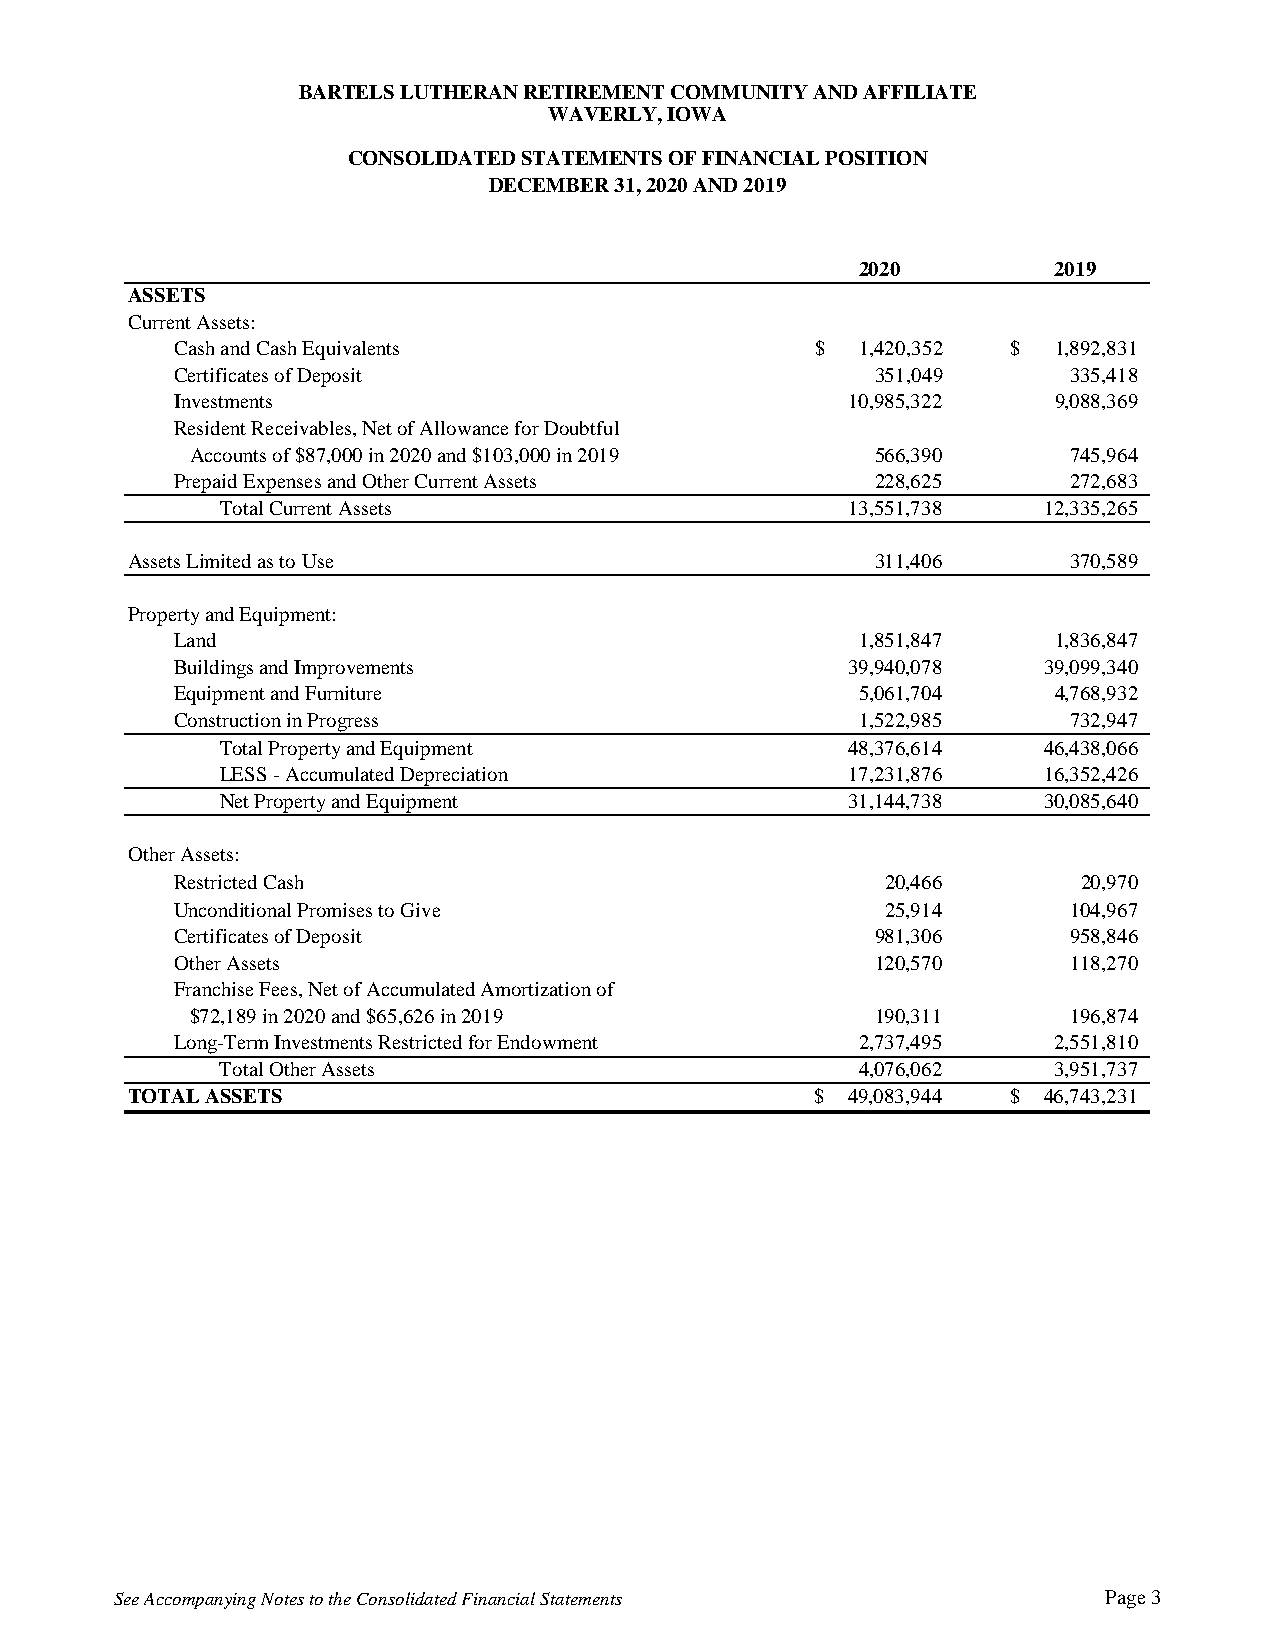
BARTELS LUTHERAN RETIREMENT COMMUNITY AND AFFILIATE
 WAVERLY, IOWA
 CONSOLIDATED STATEMENTS OF FINANCIAL POSITION
 DECEMBER 31, 2020 AND 2019
 2020         2019
 ASSETS
 Current Assets:
 Cash and Cash Equivalents                  $  1,420,352 $  1,892,831
 Certificates of Deposit                        351,049      335,418
 Investments                                  10,985,322    9,088,369
 Resident Receivables, Net of Allowance for Doubtful
 Accounts of $87,000 in 2020 and $103,000 in 2019 566,390  745,964
 Prepaid Expenses and Other Current Assets      228,625      272,683
 Total Current Assets                     13,551,738   12,335,265
 Assets Limited as to Use                          311,406      370,589
 Property and Equipment:
 Land                                          1,851,847    1,836,847
 Buildings and Improvements                   39,940,078   39,099,340
 Equipment and Furniture                       5,061,704    4,768,932
 Construction in Progress                      1,522,985     732,947
 Total Property and Equipment             48,376,614   46,438,066
 LESS - Accumulated Depreciation          17,231,876   16,352,426
 Net Property and Equipment               31,144,738   30,085,640
 Other Assets:
 Restricted Cash                                 20,466      20,970
 Unconditional Promises to Give                  25,914      104,967
 Certificates of Deposit                        981,306      958,846
 Other Assets                                   120,570      118,270
 Franchise Fees, Net of Accumulated Amortization of
 $72,189 in 2020 and $65,626 in 2019          190,311      196,874
 Long-Term Investments Restricted for Endowment 2,737,495   2,551,810
 Total Other Assets                        4,076,062    3,951,737
 TOTAL ASSETS                                  $ 49,083,944 $ 46,743,231
 See Accompanying Notes to the Consolidated Financial Statements  Page 3